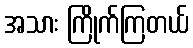
အသား ကြိုက်ကြတယ်